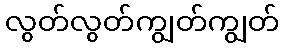
လွတ်လွတ်ကျွတ်ကျွတ်